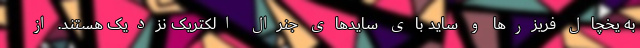
به یخچال فریزرها و ساید بای سایدهای جنرال الکتریک نزدیک هستند. از